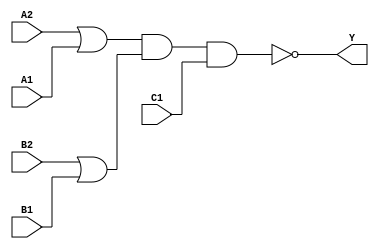
module sky130_fd_sc_lp__o221ai (
    Y ,
    A1,
    A2,
    B1,
    B2,
    C1
);

    // Module ports
    output Y ;
    input  A1;
    input  A2;
    input  B1;
    input  B2;
    input  C1;

    // Module supplies
    supply1 VPWR;
    supply0 VGND;
    supply1 VPB ;
    supply0 VNB ;

    // Local signals
    wire or0_out    ;
    wire or1_out    ;
    wire nand0_out_Y;

    //   Name   Output       Other arguments
    or   or0   (or0_out    , B2, B1              );
    or   or1   (or1_out    , A2, A1              );
    nand nand0 (nand0_out_Y, or1_out, or0_out, C1);
    buf  buf0  (Y          , nand0_out_Y         );

endmodule